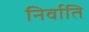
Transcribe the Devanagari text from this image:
निर्वाति